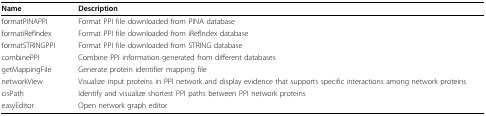
| Name | Description |
 | --- | --- |
 | formatPINAPPI | Format PPI file downloaded from PINA database |
 | formatiRefIndex | Format PPI file downloaded from iRefIndex database |
 | formatSTRINGPPI | Format PPI file downloaded from STRING database |
 | combinePPI | Combine PPI information generated from different databases |
 | getMappingFile | Generate protein identifier mapping file |
 | networkView | Visualize input proteins in PPI network and display evidence that supports specific interactions among network proteins |
 | cisPath | Identify and visualize shortest PPI paths between PPI network proteins |
 | easyEditor | Open network graph editor |